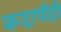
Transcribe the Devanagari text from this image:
कदापीही